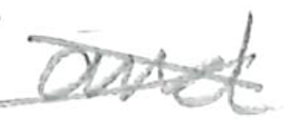
Text: and
Cross-out: cross
Writing tool: pencil